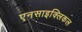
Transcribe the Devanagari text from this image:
एनसाइक्लिकल